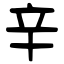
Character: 辛